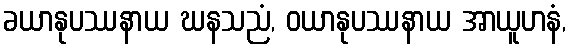
ခယာနုပဿနာယ ဃနသညံ, ဝယာနုပဿနာယ အာယူဟနံ,